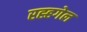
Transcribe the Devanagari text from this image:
रह्हगेल